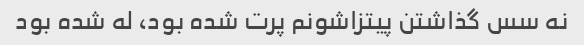
نه سس گذاشتن پیتزاشونم پرت شده بود، له شده بود